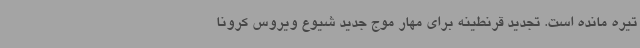
تیره مانده است. تجدید قرنطینه برای مهار موج جدید شیوع ویروس کرونا